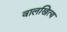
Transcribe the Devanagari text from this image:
वालखित्य